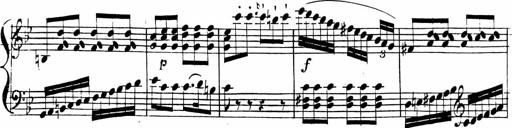
Title: 2 Piano Sonatinas
Composer: Ferdinand Ries